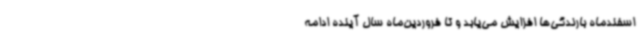
اسفندماه بارندگی‌ها افزایش می‌یابد و تا فروردین‌ماه سال آینده ادامه